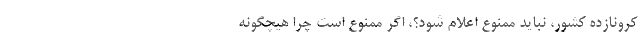
کرونازده کشور، نباید ممنوع اعلام شود؟، اگر ممنوع است چرا هیچگونه